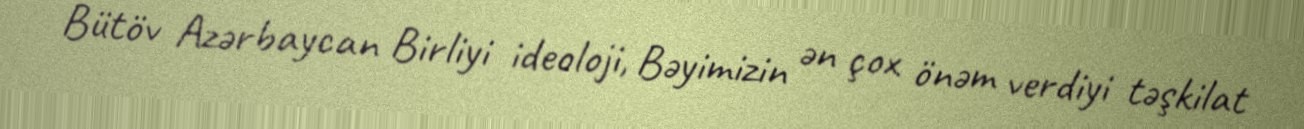
Bütöv Azərbaycan Birliyi ideoloji, Bəyimizin ən çox önəm verdiyi təşkilat